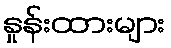
နှုန်းထားများ